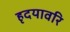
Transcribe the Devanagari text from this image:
हृदयावरि